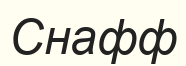
Снафф